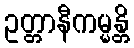
ဥတ္တာနီကမ္မန္တိ